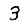
Digit: 3